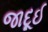
જાદૂઈ